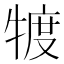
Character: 𤚡